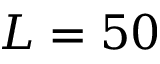
L = 5 0